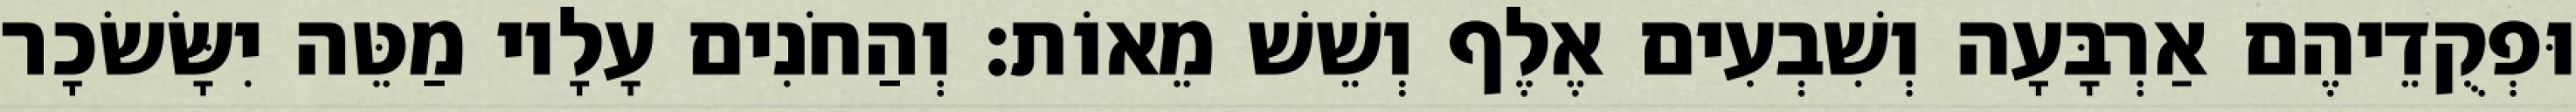
וּפְקֻדֵיהֶם אַרְבָּעָה וְשִׁבְעִים אֶלֶף וְשֵׁשׁ מֵאוֹת׃ וְהַחֹנִים עָלָיו מַטֵּה יִשָּׂשׂכָר